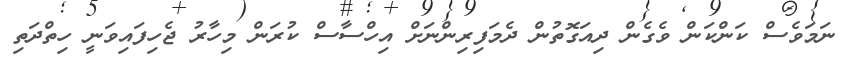
ނަމަވެސް ކަންކަން ވެގެން ދިއަގޮތުން ދެމަފިރިންނަށް އިހްސާސް ކުރަން މިހާރު ޖެހިފައިވަނީ ހިތްދަތި